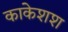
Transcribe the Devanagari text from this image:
काकेशश